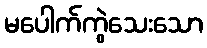
မပေါက်ကွဲသေးသော